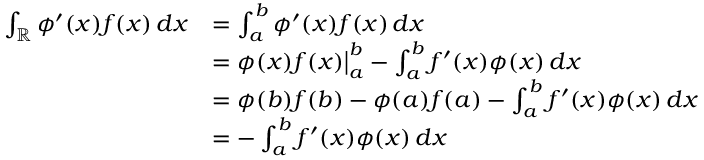
{ \begin{array} { r l } { \int _ { \mathbb { R } } \phi ^ { \prime } ( x ) f ( x ) \, d x } & { = \int _ { a } ^ { b } \phi ^ { \prime } ( x ) f ( x ) \, d x } \\ & { = \phi ( x ) f ( x ) { \big \vert } _ { a } ^ { b } - \int _ { a } ^ { b } f ^ { \prime } ( x ) \phi ( x ) \, d x } \\ & { = \phi ( b ) f ( b ) - \phi ( a ) f ( a ) - \int _ { a } ^ { b } f ^ { \prime } ( x ) \phi ( x ) \, d x } \\ & { = - \int _ { a } ^ { b } f ^ { \prime } ( x ) \phi ( x ) \, d x } \end{array} }